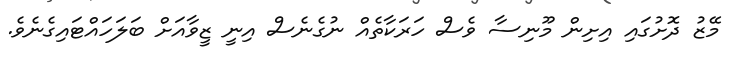
މޭޒު ދޮށުގައި އިށިން މޫނިސާ ވެސް ހަރަކާތެއް ނުގެނެސް އިނީ ޒީވާއަށް ބަލަހައްޓައިގެނެވެ.